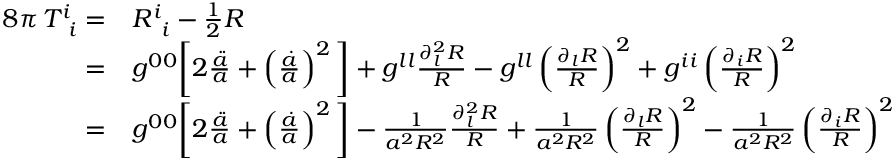
\begin{array} { r l } { 8 \pi \, T _ { \, \, \, i } ^ { i } = } & { { } R _ { \, \, \, i } ^ { i } - \frac { 1 } { 2 } R } \\ { = } & { { } g ^ { 0 0 } \bigg [ 2 \frac { \ddot { a } } { a } + \left( \frac { \dot { a } } { a } \right) ^ { 2 } \bigg ] + g ^ { l l } \frac { \partial _ { l } ^ { 2 } R } { R } - g ^ { l l } \left( \frac { \partial _ { l } R } { R } \right) ^ { 2 } + g ^ { i i } \left( \frac { \partial _ { i } R } { R } \right) ^ { 2 } } \\ { = } & { { } g ^ { 0 0 } \bigg [ 2 \frac { \ddot { a } } { a } + \left( \frac { \dot { a } } { a } \right) ^ { 2 } \bigg ] - \frac { 1 } { a ^ { 2 } R ^ { 2 } } \frac { \partial _ { l } ^ { 2 } R } { R } + \frac { 1 } { a ^ { 2 } R ^ { 2 } } \left( \frac { \partial _ { l } R } { R } \right) ^ { 2 } - \frac { 1 } { a ^ { 2 } R ^ { 2 } } \left( \frac { \partial _ { i } R } { R } \right) ^ { 2 } , } \end{array}